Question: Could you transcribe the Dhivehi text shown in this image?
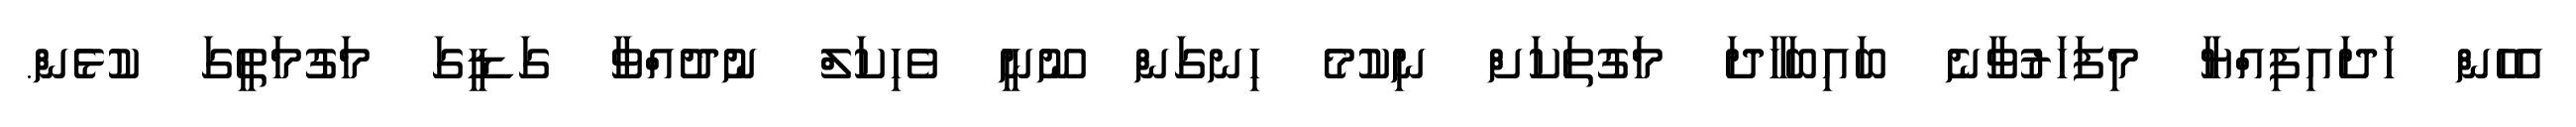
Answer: އެހެން ހަދައިފިއްޔާ މިފަހަރުވާނެ ބައިބަހާދަ މަގުތަކަށް ނިކުމެ ހިނގަން ނޫނީ ވެހިކަލް ނުދުއްވާ ގަޑީގަ މަގުމަތީގަ ކުޅެން.